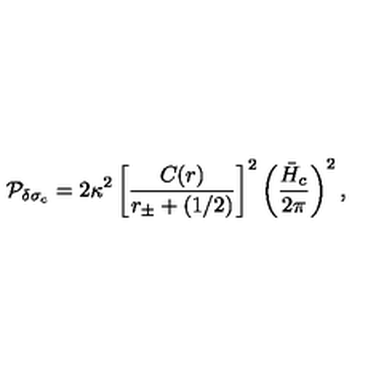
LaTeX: { \cal P } _ { \delta \sigma _ { c } } = 2 \kappa ^ { 2 } \left[ { \frac { C ( r ) } { r _ { \pm } + ( 1 / 2 ) } } \right] ^ { 2 } \left( { \frac { \bar { H } _ { c } } { 2 \pi } } \right) ^ { 2 } ,